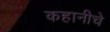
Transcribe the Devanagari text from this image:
कहानीचे